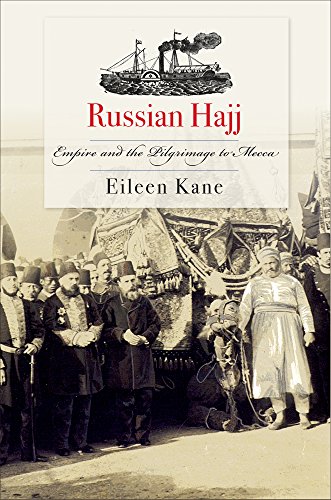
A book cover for Russian Hajj: Empire and the Pilgrimage to Mecca; Eileen Kane; Religion & Spirituality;